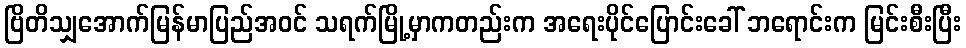
ဗြိတိသျှအောက်မြန်မာပြည်အဝင် သရက်မြို့မှာကတည်းက အရေးပိုင်ပြောင်းခေါ် ဘရောင်းက မြင်းစီးပြီး